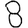
Digit: 8